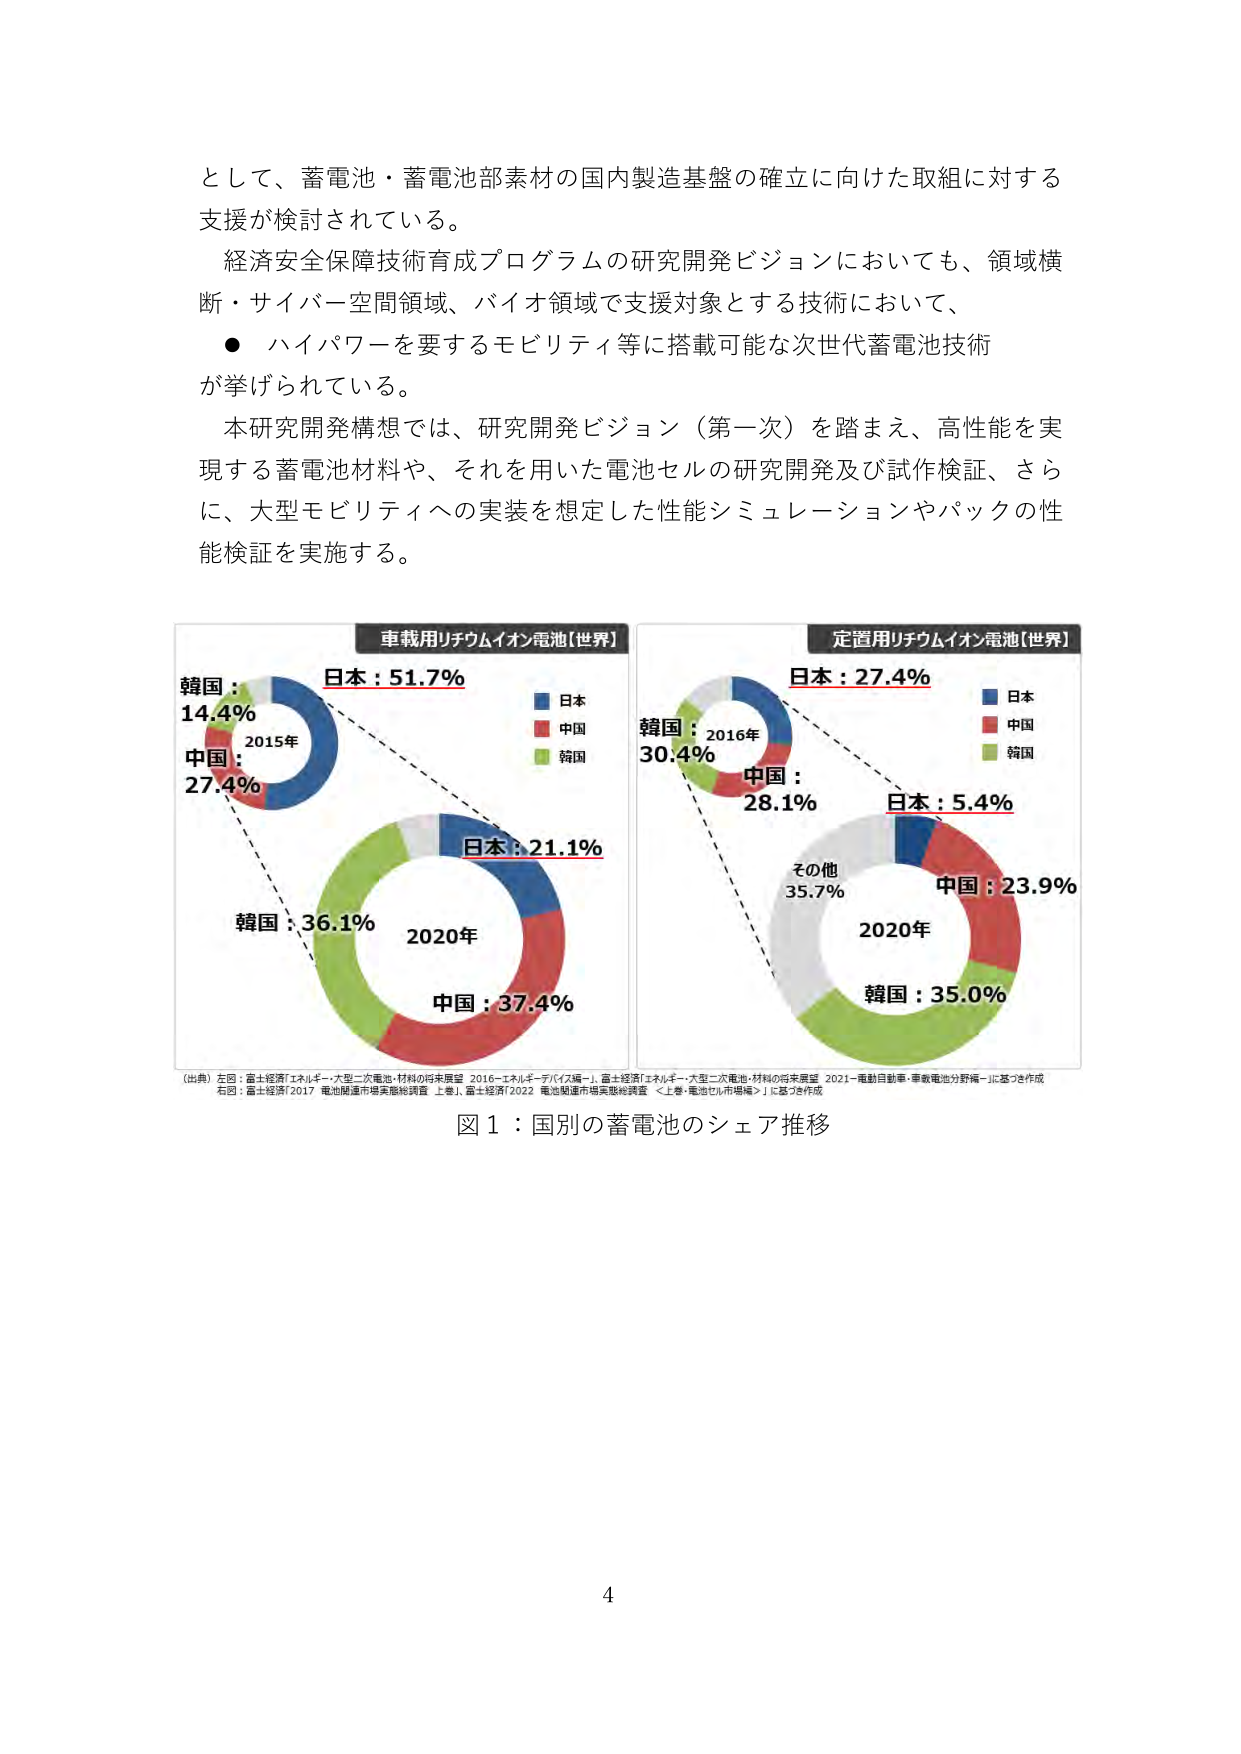
として、蓄電池・蓄電池部素材の国内製造基盤の確立に向けた取組に対する支援が検討されている。

経済安全保障技術育成プログラムの研究開発ビジョンにおいても、領域横断・サイバー空間領域、バイオ領域で支援対象とする技術において、
● ハイパワーを要するモビリティ等に搭載可能な次世代蓄電池技術が挙げられている。

本研究開発構想では、研究開発ビジョン（第一次）を踏まえ、高性能を実現する蓄電池材料や、それを用いた電池セルの研究開発及び試作検証、さらに、大型モビリティへの実装を想定した性能シミュレーションやパックの性能検証を実施する。

車載用リチウムイオン電池【世界】
日本：51.7%
韓国：14.4%
中国：27.4%
2015年
日本
中国
韓国
日本：21.1%
韓国：36.1%
中国：37.4%
2020年

定置用リチウムイオン電池【世界】
日本：27.4%
韓国：30.4%
中国：28.1%
2016年
日本
中国
韓国
日本：5.4%
中国：23.9%
その他：35.7%
韓国：35.0%
2020年

（出典）左図：富士経済「エネルギー・大型二次電池・材料の将来展望 2016-エネルギー・デバイス編-」、富士経済「エネルギー・大型二次電池・材料の将来展望 2021-電動自動車・車載電池分野編-」に基づき作成
右図：富士経済「2017 電池関連市場実態総調査 上巻」、富士経済「2022 電池関連市場実態総調査 ＜上巻・電池セル市場編＞」に基づき作成

図１：国別の蓄電池のシェア推移

4